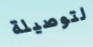
لتوصيلة